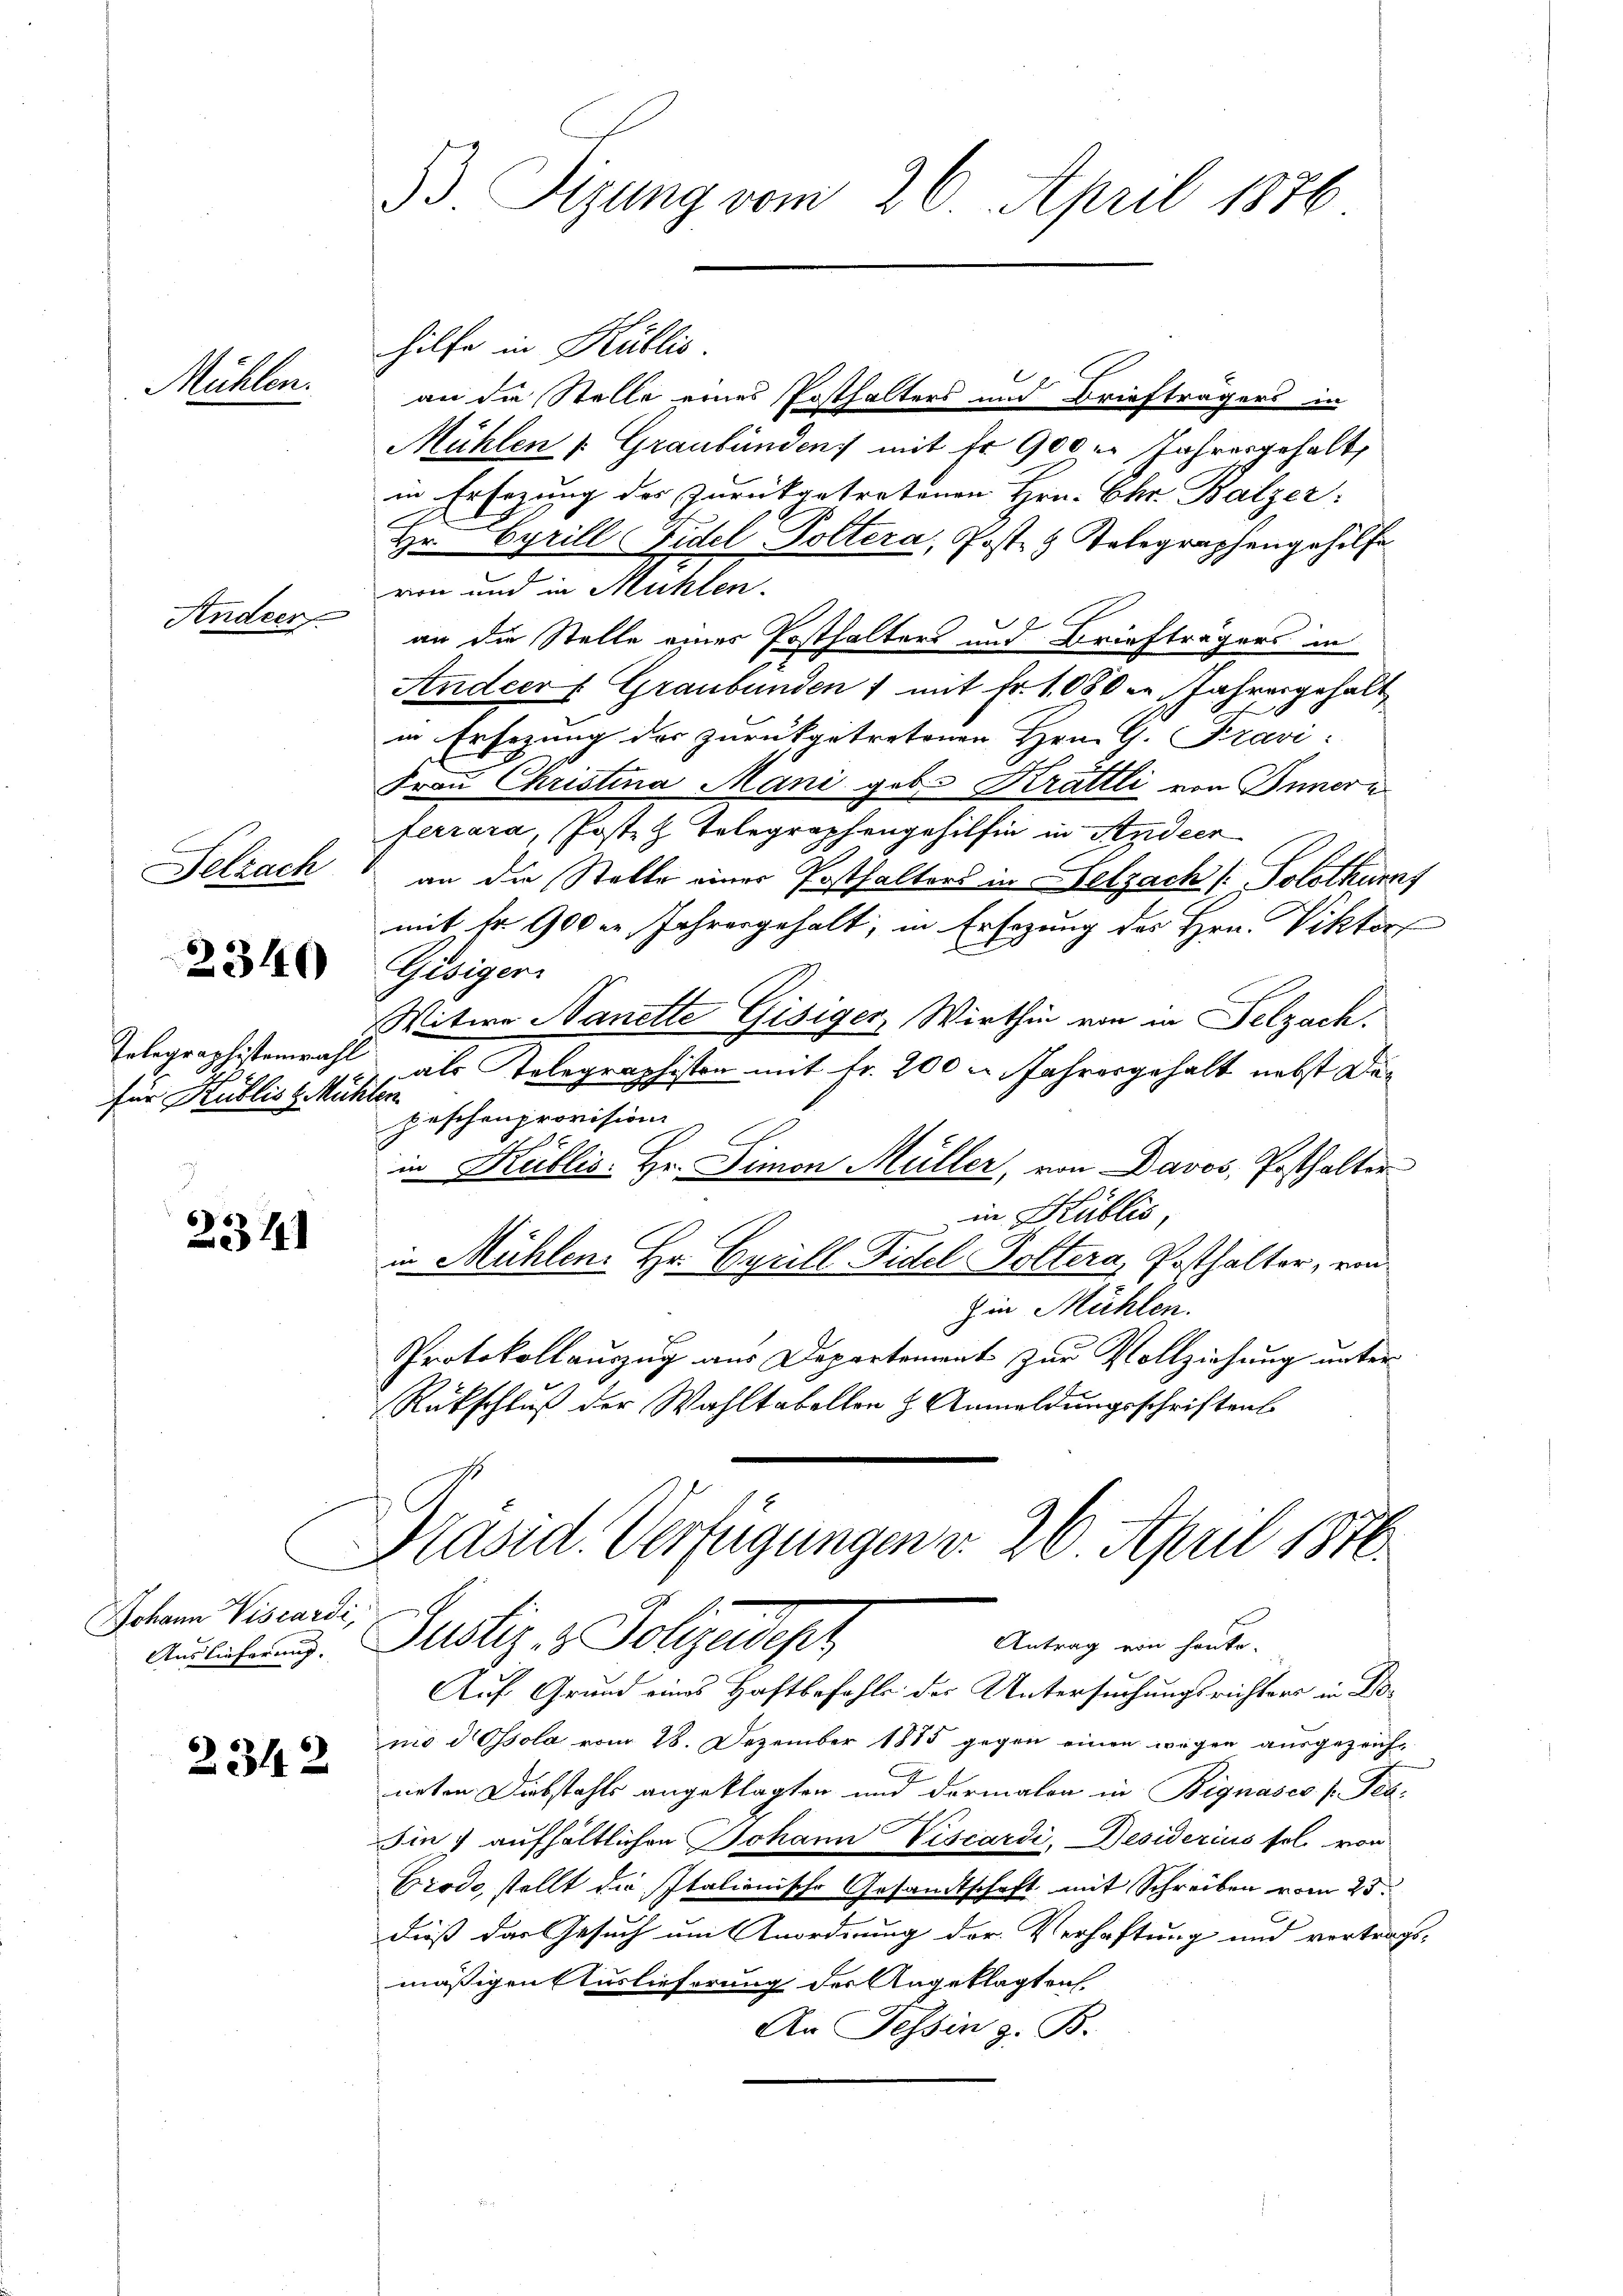
Mühlen.

Ander

Selzach

2340

Telegraphistenwahl
für Kublis d. Mu-

234

Johann Viscardi,
Auslieferung.

2342

.

53 Sizung vom 26. April 1876

hilfe in Kublis.
an die Stelle eines Posthalters und Briefträgers in
Mühlen (Graubündenz mit fr. 900 er Jahresgehalt,
in Ersezung des Zurückgetretenen Hrn. Chr. Balzer:
A
Hr. Cyrill Fidel, Poltera, Post 3 Telegraphengehilfe
von und in Mühlen.
an die Stelle einer Posthalters und Briefträgers in
Andeers Graubünden 1 mit Fr. 1080 in Jahresgehalt
in Ersezung des zurückgetretenen Hrn. G. Pravi
Frau Christina Mani geb. Krattli von Innern
ferrara, Posten Telegraphengehilfen in Studier
an die Stelle einer Posthalters in Selzach [Polothurns
mit dr 900 in Jahresgehalt, in Ersezung des Hrn. Viktor
Gäsiger
Witwe Nanette Gisiger, Wirthin von in Pelzach.
d
als Telegraphisten mit Fr. 200 u. Jahresgehalt nebst Dede
peschen provision
x
in Kublis. Hr. Simon Müller, von Davos, Ersthalter
in Kublis,
in Mühlen. Hr. Cyrill Fidel Poltera, Posthalter, einzin Mühlen.
Protokollauszug aus Departement zur Vollziehung unter
Rückschluß der Wahltabellon z. Anmeldungsschriftens
Kasid. Verfügungen d. 26. April 1876.

Justiz- & Polizeipt
Antrag von honko-

Auf Grund eines Haftbefohls der Untersuchungsrichters in Domo d Ossola vom 28. Dezember 1815 gegen einen wegen ausgezeichneten Diebstahls angeklagten und dormalen in Bignasco / Pea¬
Iin 7 aufhältlichen Johann Viscardi, Besiderius fol von
Grode, stellt die Italienische Gesandtschaft mit Schreiben vom 25.
dieß das Gesuch um Anordnung der Verhaftung und vortrags-
mäßigen Auslieferung der Angeklagten
An Tessin z. B.